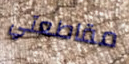
مقاطعتي